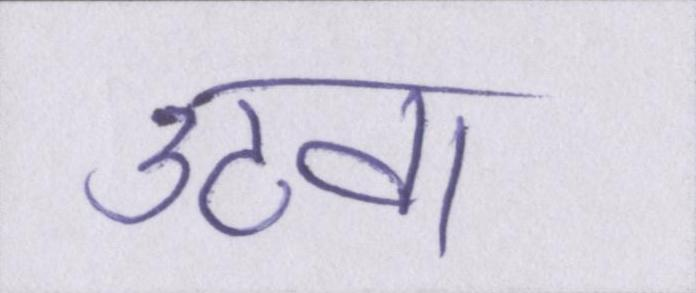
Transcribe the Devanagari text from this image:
उठवा